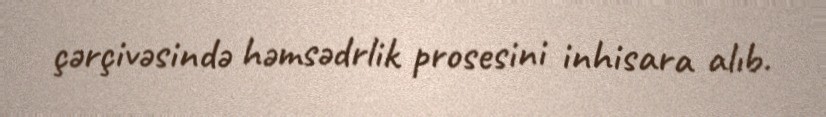
çərçivəsində həmsədrlik prosesini inhisara alıb.